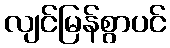
လျင်မြန်စွာပင်